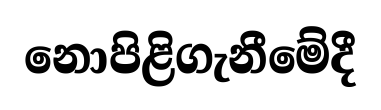
නොපිළිගැනීමේදී